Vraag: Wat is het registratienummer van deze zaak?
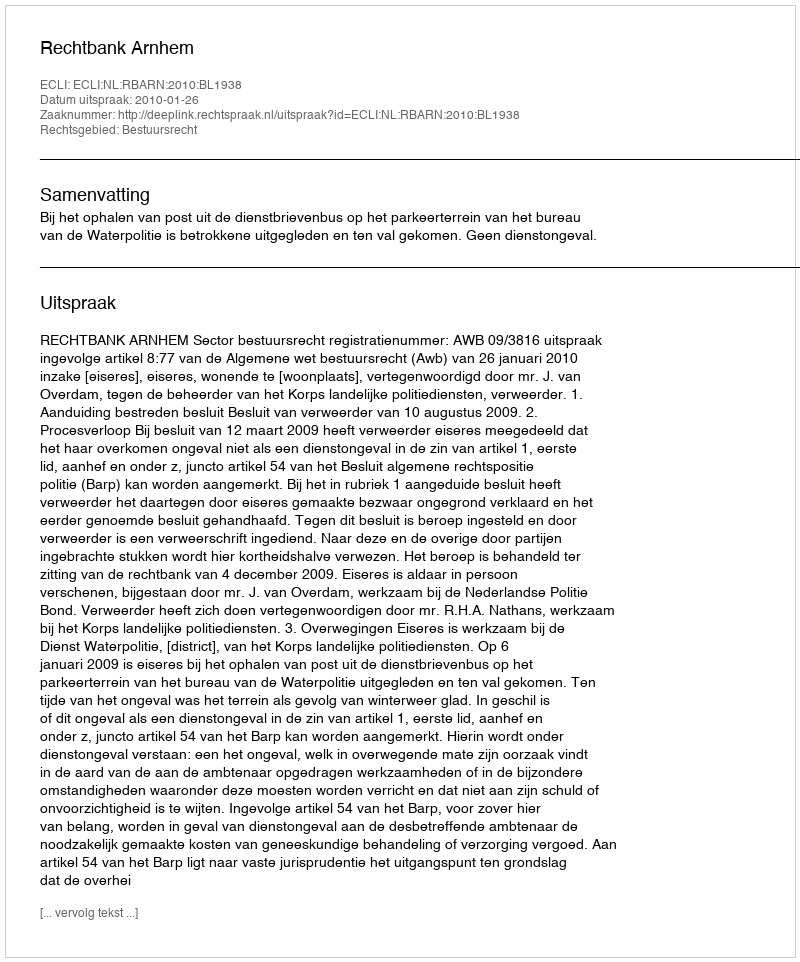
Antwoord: http://deeplink.rechtspraak.nl/uitspraak?id=ECLI:NL:RBARN:2010:BL1938